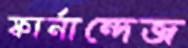
ফার্নান্দেজ